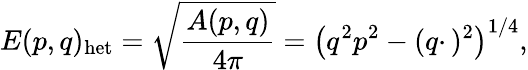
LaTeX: E(p,q)_{\mathrm{het}}=\sqrt{\frac{A(p,q)}{4\pi}}=\left(q^{2}p^{2}-(q\cdotp)^{2}\right)^{1/4},